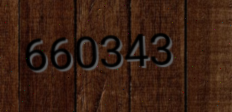
660343